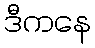
ဒီကနေ